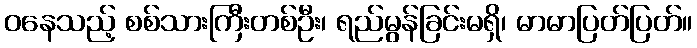
ဝနေသည့် စစ်သားကြီးတစ်ဦး၊ ရည်မွန်ခြင်းမရှိ၊ မာမာပြတ်ပြတ်။